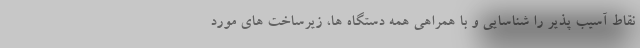
نقاط آسیب پذیر را شناسایی و با همراهی همه دستگاه ها، زیرساخت های مورد